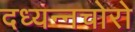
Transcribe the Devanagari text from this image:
दध्यन्नचोरो